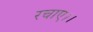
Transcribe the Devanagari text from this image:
रचाए।।